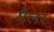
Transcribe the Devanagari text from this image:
पैलर